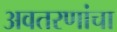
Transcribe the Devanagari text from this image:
अवतरणांचा